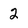
Character: 2